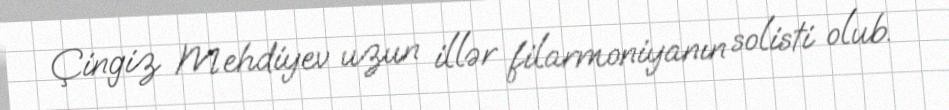
Çingiz Mehdiyev uzun illər filarmoniyanın solisti olub.